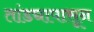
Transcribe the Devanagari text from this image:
तांड्यापासून